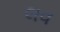
લવ